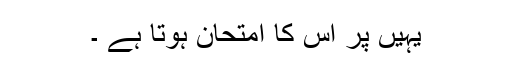
یہیں پر اس کا امتحان ہوتا ہے ۔